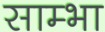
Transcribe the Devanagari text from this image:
साम्भा